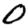
Digit: 0